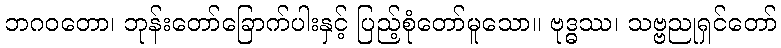
ဘဂဝတော၊ ဘုန်းတော်ခြောက်ပါးနှင့် ပြည့်စုံတော်မူသော။ ဗုဒ္ဓဿ၊ သဗ္ဗညုရှင်တော်